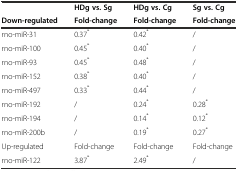
<table><thead><tr><td></td><td><b>HDg vs. Sg</b></td><td><b>HDg vs. Cg</b></td><td><b>Sg vs. Cg</b></td></tr><tr><td><b>Down-regulated</b></td><td><b>Fold-change</b></td><td><b>Fold-change</b></td><td><b>Fold-change</b></td></tr></thead><tbody><tr><td>rno-miR-31</td><td>0.37<sup>*</sup></td><td>0.42<sup>*</sup></td><td>/</td></tr><tr><td>rno-miR-100</td><td>0.45<sup>*</sup></td><td>0.40<sup>*</sup></td><td>/</td></tr><tr><td>rno-miR-93</td><td>0.45<sup>*</sup></td><td>0.48<sup>*</sup></td><td>/</td></tr><tr><td>rno-miR-152</td><td>0.38<sup>*</sup></td><td>0.40<sup>*</sup></td><td>/</td></tr><tr><td>rno-miR-497</td><td>0.33<sup>*</sup></td><td>0.44<sup>*</sup></td><td>/</td></tr><tr><td>rno-miR-192</td><td>/</td><td>0.24<sup>*</sup></td><td>0.28<sup>*</sup></td></tr><tr><td>rno-miR-194</td><td>/</td><td>0.14<sup>*</sup></td><td>0.12<sup>*</sup></td></tr><tr><td>rno-miR-200b</td><td>/</td><td>0.19<sup>*</sup></td><td>0.27<sup>*</sup></td></tr><tr><td>Up-regulated</td><td>Fold-change</td><td>Fold-change</td><td>Fold-change</td></tr><tr><td>rno-miR-122</td><td>3.87<sup>*</sup></td><td>2.49<sup>*</sup></td><td>/</td></tr></tbody></table>